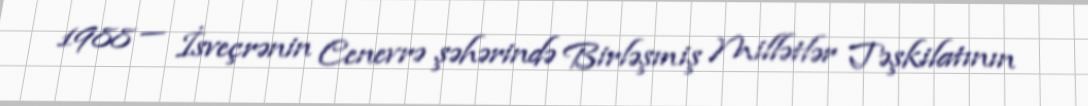
1988 — İsveçrənin Cenevrə şəhərində Birləşmiş Millətlər Təşkilatının